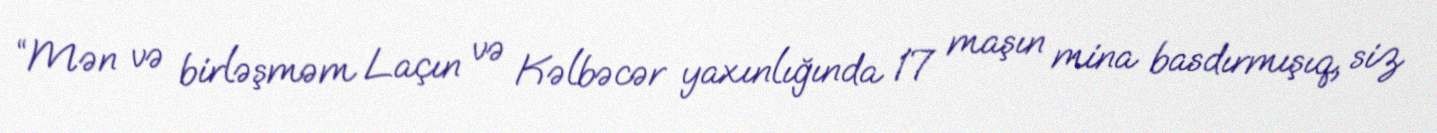
“Mən və birləşməm Laçın və Kəlbəcər yaxınlığında 17 maşın mina basdırmışıq, siz